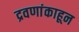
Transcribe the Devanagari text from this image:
द्रवणांकाहून